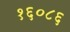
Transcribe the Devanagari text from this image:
१६०८६